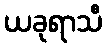
ယခုရာသီ